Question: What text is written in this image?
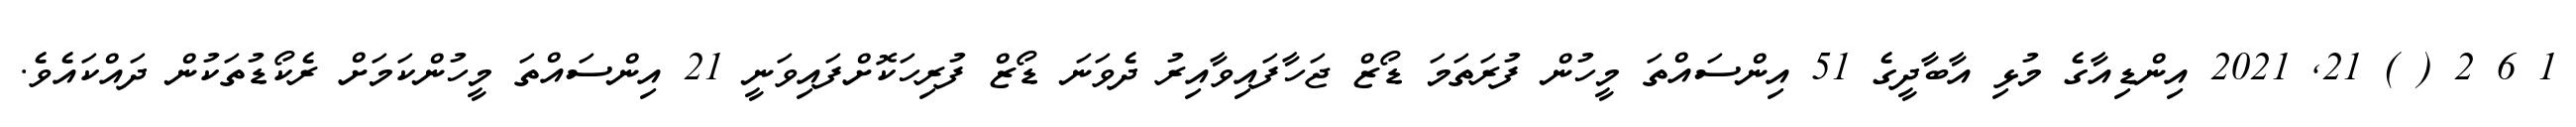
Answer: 1 6 2 ( ) 21, 2021 އިންޑިއާގެ މުޅި އާބާދީގެ 51 އިންސައްތަ މީހުން ފުރަތަމަ ޑޯޒް ޖަހާފައިވާއިރު ދެވަނަ ޑޯޒް ފުރިހަކޮށްފައިވަނީ 21 އިންސައްތަ މީހުންކަމަށް ރެކޯޑުތަކުން ދައްކައެވެ.